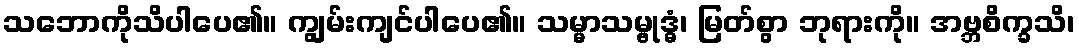
သဘောကိုသိပါပေ၏။ ကျွမ်းကျင်ပါပေ၏။ သမ္မာသမ္ဗုဒ္ဓံ၊ မြတ်စွာ ဘုရားကို။ အဗ္ဘစိက္ခသိ၊